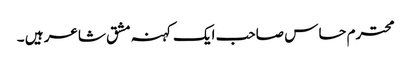
محترم حساس صاحب ایک کہنہ مشق شاعر ہیں ۔